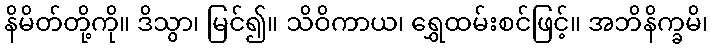
နိမိတ်တို့ကို။ ဒိသွာ၊ မြင်၍။ သိဝိကာယ၊ ရွှေထမ်းစင်ဖြင့်။ အဘိနိက္ခမိ၊